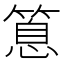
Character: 𥰝